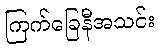
ကြက်ခြေနီအသင်း